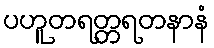
ပဟူတရတ္တရတနာနံ